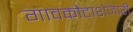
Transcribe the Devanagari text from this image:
गावकोटाशेजारी